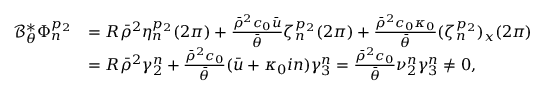
\begin{array} { r l } { \mathcal { B } _ { \theta } ^ { * } \Phi _ { n } ^ { p _ { 2 } } } & { = R \bar { \rho } ^ { 2 } \eta _ { n } ^ { p _ { 2 } } ( 2 \pi ) + \frac { \bar { \rho } ^ { 2 } c _ { 0 } \bar { u } } { \bar { \theta } } \zeta _ { n } ^ { p _ { 2 } } ( 2 \pi ) + \frac { \bar { \rho } ^ { 2 } c _ { 0 } \kappa _ { 0 } } { \bar { \theta } } ( \zeta _ { n } ^ { p _ { 2 } } ) _ { x } ( 2 \pi ) } \\ & { = R \bar { \rho } ^ { 2 } \gamma _ { 2 } ^ { n } + \frac { \bar { \rho } ^ { 2 } c _ { 0 } } { \bar { \theta } } ( \bar { u } + \kappa _ { 0 } i n ) \gamma _ { 3 } ^ { n } = \frac { \bar { \rho } ^ { 2 } c _ { 0 } } { \bar { \theta } } \nu _ { 2 } ^ { n } \gamma _ { 3 } ^ { n } \neq 0 , } \end{array}